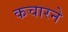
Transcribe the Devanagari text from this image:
कचारने